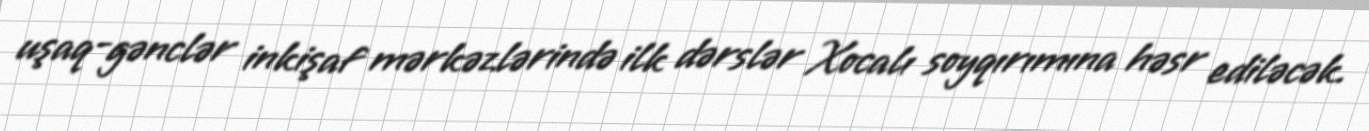
uşaq-gənclər inkişaf mərkəzlərində ilk dərslər Xocalı soyqırımına həsr ediləcək.